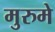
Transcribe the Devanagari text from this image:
मुरुमे